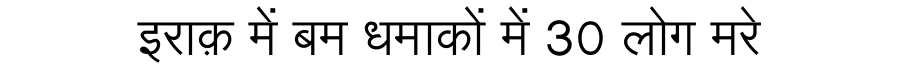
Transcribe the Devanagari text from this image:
इराक़ में बम धमाकों में 30 लोग मरे